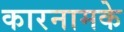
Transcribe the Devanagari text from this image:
कारनामके